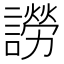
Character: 䜎